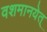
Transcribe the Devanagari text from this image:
वशमानयेत्